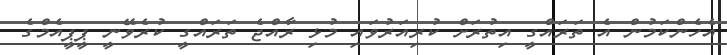
އެހެންކަމުން އެ ތަރަައްގީ އިތުރަށް ކުރިއަރުވައި މުޅި ރާއްޖެ ތަރައްގީ ކުރެވޭނީ ޕީޕީއެމްގެ